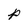
Character: p